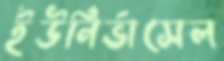
ইউনির্ভাসেল